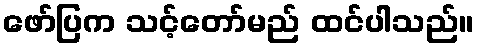
ဖော်ပြက သင့်တော်မည် ထင်ပါသည်။